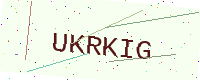
Text: UKRKIG